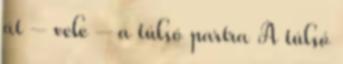
át – vele – a túlsó partra A túlsó